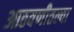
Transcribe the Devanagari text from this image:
आठवणीतल्या